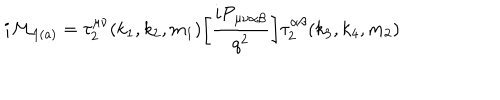
{ i \cal M } _ { \mathrm { 1 ( a ) } } = \tau _ { 2 } ^ { \mu \nu } ( k _ { 1 } , k _ { 2 } , m _ { 1 } ) \bigg [ \frac { i { \cal P } _ { \mu \nu \alpha \beta } } { q ^ { 2 } } \bigg ] \tau _ { 2 } ^ { \alpha \beta } ( k _ { 3 } , k _ { 4 } , m _ { 2 } )